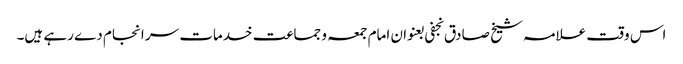
اس وقت علامہ شیخ صادق نجفی بعنوان امام جمعہ و جماعت خدمات سر انجام دے رہے ہیں۔